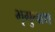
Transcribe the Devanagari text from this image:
भृगुनाथ